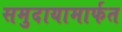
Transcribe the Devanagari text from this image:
समुदायामार्फत